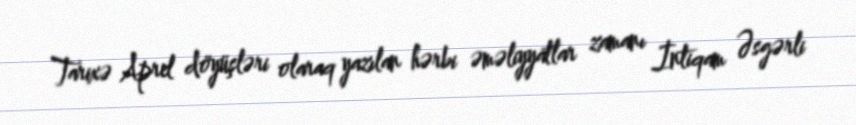
Tarixə Aprel döyüşləri olaraq yazılan hərbi əməliyyatlar zamanı İntiqam Əsgərli